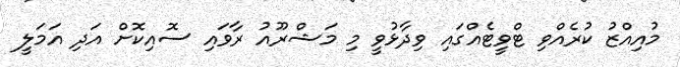
މުއިއްޒު ކުރެއްވި ޓްވީޓެއްގައި ވިދާޅުވީ މި މަޝްރޫއު ރާވައި ސޮއިކޮށް އަދި އަމަލީ